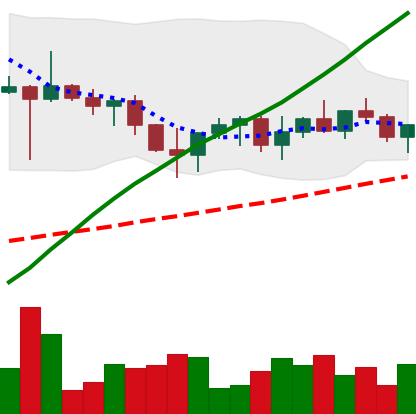
Ticker: XRP-USD
Chart end date: 2022-10-31
Forward return: 5.884%
Label: up_5_7